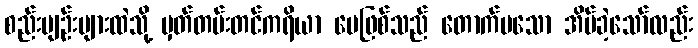
စည်းမျဉ်းများထဲသို့ မှတ်တမ်းတင်ကရိယာ ပေဖြစ်သည် တောက်ပသော အိပ်ခဲ့သော်လည်း